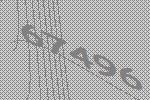
67496